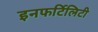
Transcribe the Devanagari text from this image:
इनफर्टिलिटी